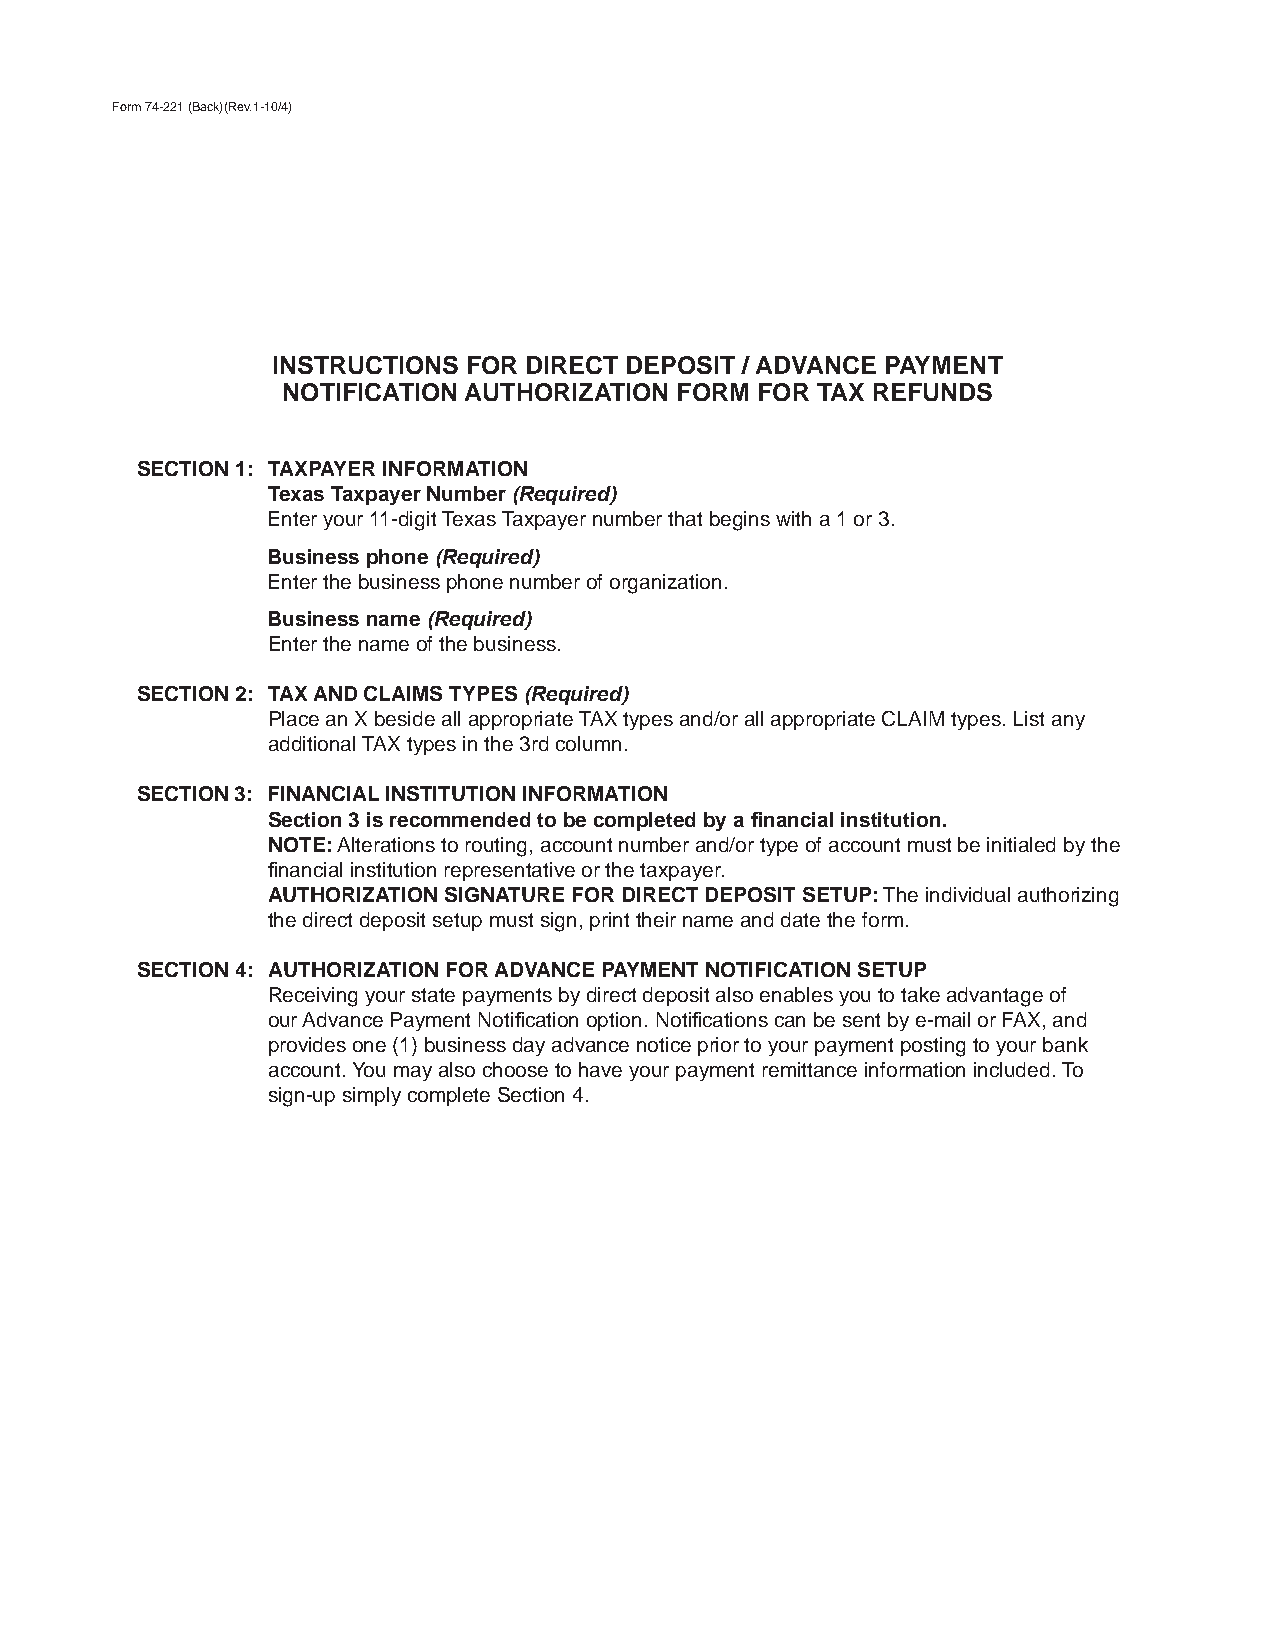
Form 74-221 (Back)(Rev.1-10/4)
 INSTRUCTIONS FOR DIRECT DEPOSIT / ADVANCE PAYMENT
 NOTIFICATION AUTHORIZATION FORM FOR TAX REFUNDS
 SECTION 1: TAXPAYER INFORMATION
 Texas Taxpayer Number (Required)
 Enter your 11-digit Texas Taxpayer number that begins with a 1 or 3.
 Business phone (Required)
 Enter the business phone number of organization.
 Business name (Required)
 Enter the name of the business.
 SECTION 2: TAX AND CLAIMS TYPES (Required)
 Place an X beside all appropriate TAX types and/or all appropriate CLAIM types. List any
 additional TAX types in the 3rd column.
 SECTION 3: FINANCIAL INSTITUTION INFORMATION
 Section 3 is recommended to be completed by a fi nancial institution.
 NOTE: Alterations to routing, account number and/or type of account must be initialed by the
 fi nancial institution representative or the taxpayer.
 AUTHORIZATION SIGNATURE FOR DIRECT DEPOSIT SETUP: The individual authorizing
 the direct deposit setup must sign, print their name and date the form.
 SECTION 4: AUTHORIZATION FOR ADVANCE PAYMENT NOTIFICATION SETUP
 Receiving your state payments by direct deposit also enables you to take advantage of
 our Advance Payment Notifi cation option. Notifi cations can be sent by e-mail or FAX, and
 provides one (1) business day advance notice prior to your payment posting to your bank
 account. You may also choose to have your payment remittance information included. To
 sign-up simply complete Section 4.